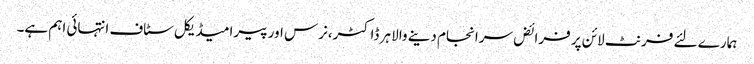
ہمارے لئے فرنٹ لائن پر فرائض سرانجام دینے والا ہر ڈاکٹر،نرس اور پیرامیڈیکل سٹاف انتہائی اہم ہے۔